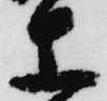
等